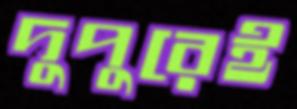
দুপুরেই